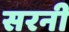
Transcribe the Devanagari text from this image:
सरनी